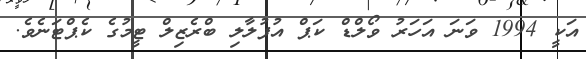
އަކީ 1994 ވަނަ އަހަރު ވޯލްޑް ކަޕް އުފުލާލި ބްރެޒިލް ޓީމުގެ ކެޕްޓަނެވެ.